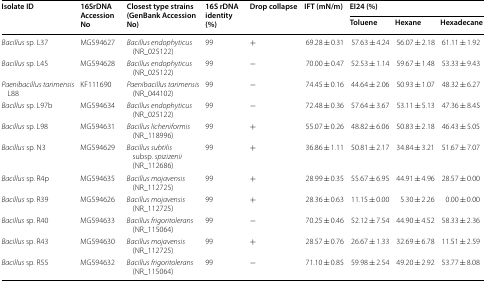
<table><thead><tr><td rowspan="2"><b>Isolate ID</b></td><td rowspan="2"><b>16SrDNA Accession No</b></td><td rowspan="2"><b>Closest type strains (GenBank Accession No)</b></td><td rowspan="2"><b>16S rDNA identity (%)</b></td><td rowspan="2"><b>Drop collapse</b></td><td rowspan="2"><b>IFT (mN/m)</b></td><td colspan="3"><b>EI24 (%)</b></td></tr><tr><td><b>Toluene</b></td><td><b>Hexane</b></td><td><b>Hexadecane</b></td></tr></thead><tbody><tr><td><i>Bacillus</i> sp. L37</td><td>MG594627</td><td><i>Bacillus endophyticus</i> (NR_025122)</td><td>99</td><td>+</td><td>69.28 ± 0.31</td><td>57.63 ± 4.24</td><td>56.07 ± 2.18</td><td>61.11 ± 1.92</td></tr><tr><td><i>Bacillus</i> sp. L45</td><td>MG594628</td><td><i>Bacillus endophyticus</i> (NR_025122)</td><td>99</td><td>−</td><td>70.00 ± 0.47</td><td>52.53 ± 1.14</td><td>59.67 ± 1.48</td><td>53.33 ± 9.43</td></tr><tr><td><i>Paenibacillus tarimensis</i> L88</td><td>KF111690</td><td><i>Paenibacillus tarimensis</i> (NR_044102)</td><td>99</td><td>−</td><td>74.45 ± 0.16</td><td>44.64 ± 2.06</td><td>50.93 ± 1.07</td><td>48.32 ± 6.27</td></tr><tr><td><i>Bacillus</i> sp. L97b</td><td>MG594634</td><td><i>Bacillus endophyticus</i> (NR_025122)</td><td>99</td><td>−</td><td>72.48 ± 0.36</td><td>57.64 ± 3.67</td><td>53.11 ± 5.13</td><td>47.36 ± 8.45</td></tr><tr><td><i>Bacillus</i> sp. L98</td><td>MG594631</td><td><i>Bacillus licheniformis</i> (NR_118996)</td><td>99</td><td>+</td><td>55.07 ± 0.26</td><td>48.82 ± 6.06</td><td>50.83 ± 2.18</td><td>46.43 ± 5.05</td></tr><tr><td><i>Bacillus</i> sp. N3</td><td>MG594629</td><td><i>Bacillus subtilis</i> subsp. <i>spizizenii </i>(NR_112686)</td><td>99</td><td>+</td><td>36.86 ± 1.11</td><td>50.81 ± 2.17</td><td>34.84 ± 3.21</td><td>51.67 ± 7.07</td></tr><tr><td><i>Bacillus</i> sp. R4p</td><td>MG594635</td><td><i>Bacillus mojavensis</i> (NR_112725)</td><td>99</td><td>+</td><td>28.99 ± 0.35</td><td>55.67 ± 6.95</td><td>44.91 ± 4.96</td><td>28.57 ± 0.00</td></tr><tr><td><i>Bacillus</i> sp. R39</td><td>MG594626</td><td><i>Bacillus mojavensis</i> (NR_112725)</td><td>99</td><td>+</td><td>28.36 ± 0.63</td><td>11.15 ± 0.00</td><td>5.30 ± 2.26</td><td>0.00 ± 0.00</td></tr><tr><td><i>Bacillus</i> sp. R40</td><td>MG594633</td><td><i>Bacillus frigoritolerans</i> (NR_115064)</td><td>99</td><td>−</td><td>70.25 ± 0.46</td><td>52.12 ± 7.54</td><td>44.90 ± 4.52</td><td>58.33 ± 2.36</td></tr><tr><td><i>Bacillus</i> sp. R43</td><td>MG594630</td><td><i>Bacillus mojavensis</i> (NR_112725)</td><td>99</td><td>+</td><td>28.57 ± 0.76</td><td>26.67 ± 1.33</td><td>32.69 ± 6.78</td><td>11.51 ± 2.59</td></tr><tr><td><i>Bacillus</i> sp. R55</td><td>MG594632</td><td><i>Bacillus frigoritolerans</i> (NR_115064)</td><td>99</td><td>−</td><td>71.10 ± 0.85</td><td>59.98 ± 2.54</td><td>49.20 ± 2.92</td><td>53.77 ± 8.08</td></tr></tbody></table>